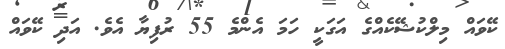
ކޭވައް މިލްކުޝޭކެއްގެ އަގަކީ ހަމަ އެންމެ 55 ރުފިޔާ އެވެ. އަދި ކޭވައް